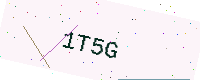
Text: 1T5G